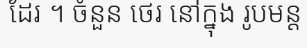
ដែរ ។ ចំនួន ថេរ នៅក្នុង រូបមន្ត